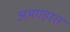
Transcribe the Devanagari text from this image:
अभयहस्त